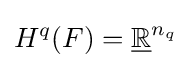
H^{q}(F)={\underline {\mathbb {R} }}^{n_{q}}